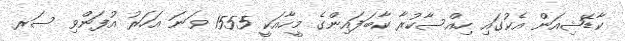
ކާޑޭޝިއަން އެކުގައި ހިއްސާކުރާ ކާބަފައިންގެ މީހާއަކީ 1555 ވަނަ އަހަރު އުފަންވި ސަރ